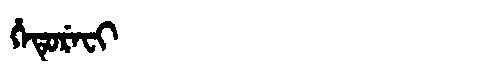
Manchu: ᡥᡝᡨᡠᡵᡝᠸᡳ
Romanization: HETUREFI